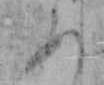
あ